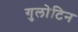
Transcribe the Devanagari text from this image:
गुलोटिन